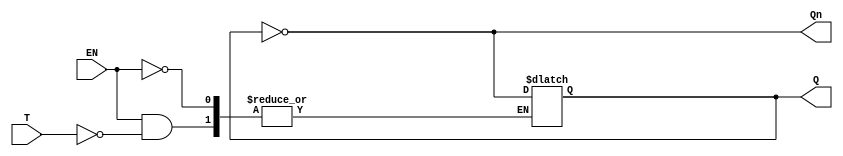
module Gated_T_Latch (
    input wire T,       // Toggle input
    input wire EN,      // Enable signal
    output reg Q,       // Output
    output wire Qn      // Complementary output
);

    assign Qn = ~Q;     // Complementary output

    always @(EN or T) begin
        if (EN) begin
            if (T) begin
                Q <= ~Q; // Toggle the output
            end
            // If T is 0, Q remains unchanged
        end
        // If EN is 0, Q remains unchanged due to the sensitivity list
    end

endmodule